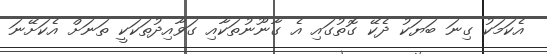
އެކަމަކު ގިނަ ބަޔަކު ދެކޭ ގޮތުގައި އެ ގާނޫނުތަކާއި ގަވާއިދުތަކަކީ ތަނަށް އެކަށޭނަ